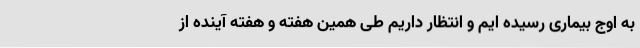
به اوج بیماری رسیده ایم و انتظار داریم طی همین هفته و هفته آینده از